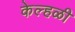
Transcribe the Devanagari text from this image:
केल्हळी